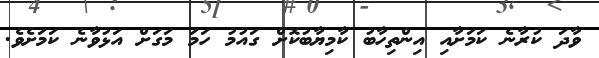
ވާދަ ކުރާނެ ކަމަށާއި އިންތިހާބު ކާމިޔާބުކޮށް ގައުމު ހަމަ މަގަށް އަޅުވާނެ ކަމަށެވެ.